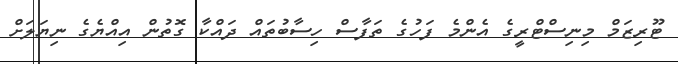
ޓޫރިޒަމް މިނިސްޓްރީގެ އެންމެ ފަހުގެ ތަފާސް ހިސާބުތައް ދައްކާ ގޮތުން އިއްޔެގެ ނިޔަލަށް